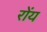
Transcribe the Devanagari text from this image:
रोंय